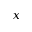
x